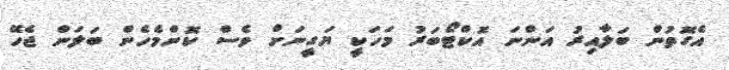
އެގޮތުން ބަލާއިރު އަންނަ އޮކްޓޯބަރު މަހަކީ ޔަގީނަށް ވެސް ކޮންމެހެން ބަލަން ޖެހޭ